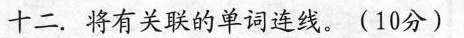
十二.将有关联的单词连线。(10分)